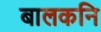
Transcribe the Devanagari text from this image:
बालकनि